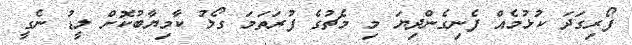
ފޯރިގަދަ ކުޅުމެއް ފެނިގެންދިޔަ މި މެޗުގެ ފުރަތަމަ ގޯލު ކާމިޔާބުކޮށް ލީޑު ނެގީ